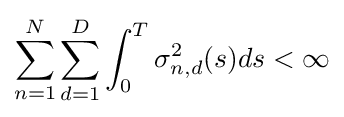
\sum _{n=1}^{N}\sum _{d=1}^{D}\int _{0}^{T}\sigma _{n,d}^{2}(s)ds<\infty